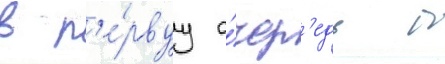
в п'е́рвуу о́чер'едь б